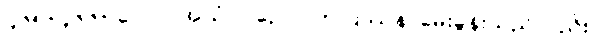
၄၆၅+၄၆၆+ လော။ အယံပိပဉှော၊ ဤပြဿနာမေးခွန်းသည်လည်း။